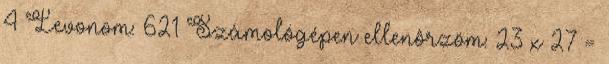
4 Levonom: 621 Számológépen ellenôrzöm: 23 x 27 =